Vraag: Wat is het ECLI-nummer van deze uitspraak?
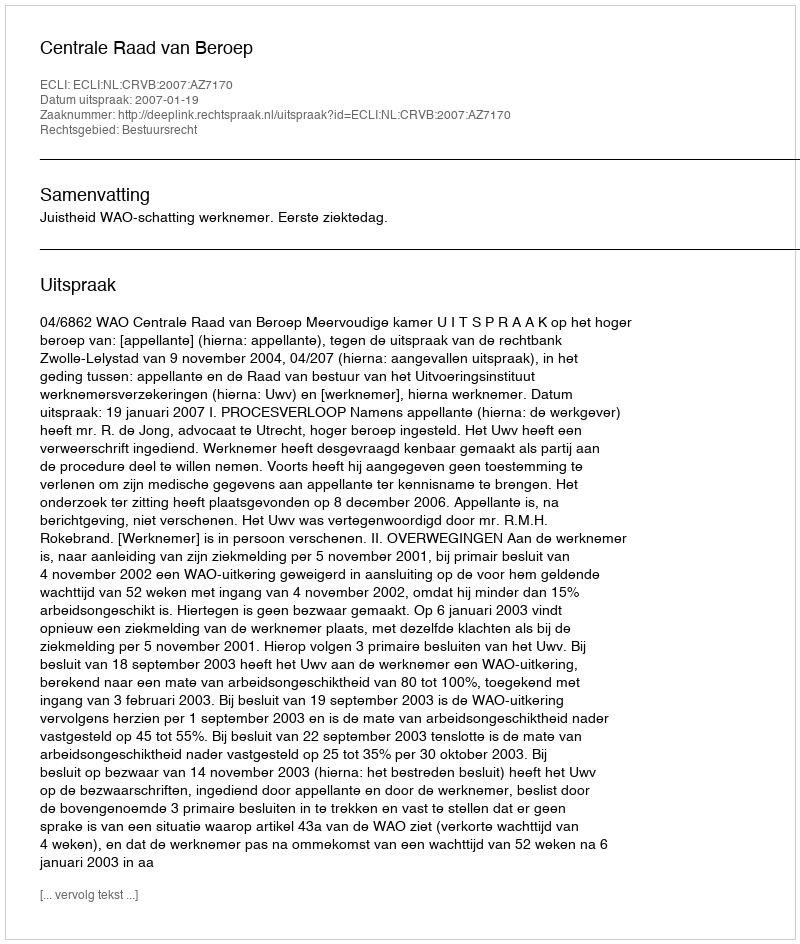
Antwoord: ECLI:NL:CRVB:2007:AZ7170